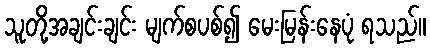
သူတို့အချင်းချင်း မျက်စပစ်၍ မေးမြန်းနေပုံ ရသည်။